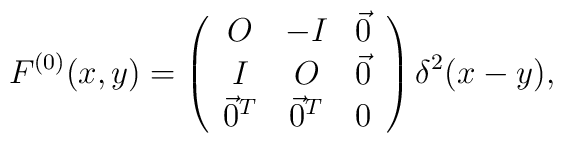
F^{(0)}(x,y) =\left(\begin{array}{ccc}O &-I &\vec 0  \\I &O  &\vec 0 \\\vec 0^T &\vec 0^T  &0  \\\end{array}\right)\delta^2(x-y),